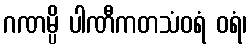
ဂဏမ္ပိ ပါဏီကတသံဝရံ ဝရံ၊